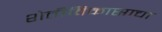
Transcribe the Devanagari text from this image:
शेतीविकासाचा